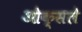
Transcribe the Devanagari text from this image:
ओक्सले